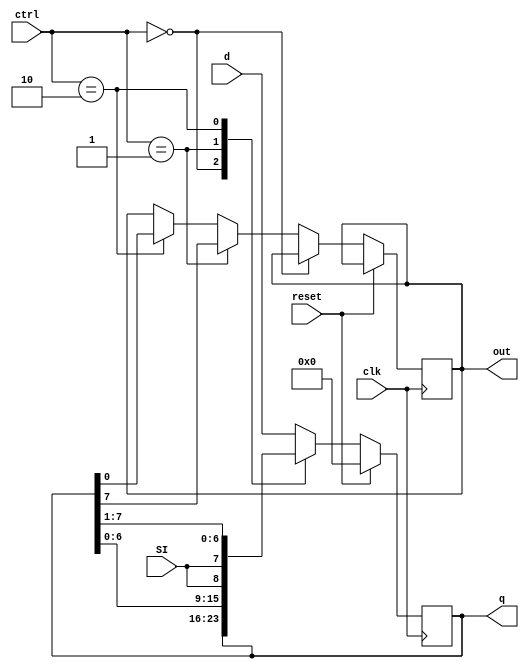
`timescale 1ns / 1ps

module shift_reg
	#(
		parameter N =8 
		)
	(
		input wire clk, reset,
		input wire [1:0] ctrl,
		input wire [N-1:0]d,
		input wire SI,
		output wire out,
		output wire [N-1:0]q
	
	);

	/// signal decleration
	reg [N-1:0] r_reg, r_next;
	reg a;
	assign out = a;

	// operational flow
	always @(posedge (clk)) begin
		if (reset) begin
			r_reg <= 0;
		end else if (ctrl == 2'b00) begin
			r_reg <= r_next;
		end else if (ctrl == 2'b01) begin
			r_reg <= r_next;
			a <= r_reg[N-1];
		end else if (ctrl == 2'b10) begin
			r_reg <= r_next;
			a <= r_reg[0];
		end else begin
			r_reg <= r_next;
		end
	end
		
	// next-state logic
	always @* 
		case (ctrl)
			2'b00: 
				// no shift
				r_next = r_reg;                       
			2'b01: 
				// shift-left
				r_next = {r_reg[N-2:0], SI};        
			2'b10: 
				// shift-right
				r_next = {SI, r_reg[N-1:1]}; 
			default: 
				// load
				r_next = d;                         
		endcase

	assign q = r_reg;
	
endmodule
	
module stimulus();

	reg CLK, RESET;
	reg [1:0] CTRL;
	reg [7:0] D;
	wire [7:0] Q;
	reg SI;
	wire OUT;
	
	shift_reg R(
		.clk(CLK),
		.reset(RESET),
		.ctrl(CTRL),
		.d(D),
		.SI(SI),
		.out(OUT),
		.q(Q)
	);
	
	initial 
		$dumpvars (CLK, RESET, CTRL, D, Q, OUT);
		
	initial begin
		CLK = 1'b0; 
		CTRL = 2'b00;
		D = 8'b11110101;
		RESET = 1'b0;
		SI = 1'b0;
		
	end
	
	always 
		#1 CLK = ~CLK;
		
	initial begin 
		#40 CTRL = 2'b11;
		#50 CTRL = 2'b01;
		#100 RESET = 1'b1;
		
		#2000 $finish;
	end
	
endmodule